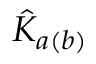
\hat { K } _ { a ( b ) }